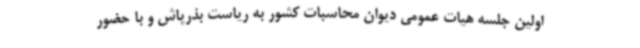
اولین جلسه هیات عمومی دیوان محاسبات کشور به ریاست بذرپاش و با حضور